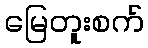
မြေတူးစက်